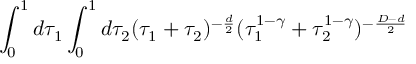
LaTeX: \int _ { 0 } ^ { 1 } d \tau _ { 1 } \int _ { 0 } ^ { 1 } d \tau _ { 2 } ( \tau _ { 1 } + \tau _ { 2 } ) ^ { - \frac { d } { 2 } } ( \tau _ { 1 } ^ { 1 - \gamma } + \tau _ { 2 } ^ { 1 - \gamma } ) ^ { - \frac { D - d } { 2 } }